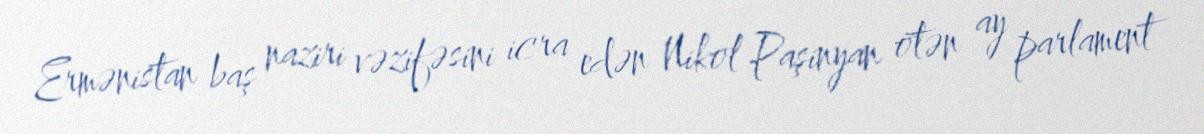
Ermənistan baş naziri vəzifəsini icra edən Nikol Paşinyan ötən ay parlament